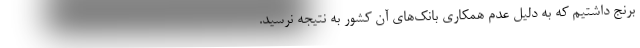
برنج داشتیم که به دلیل عدم همکاری بانک‌های آن کشور به نتیجه نرسید.